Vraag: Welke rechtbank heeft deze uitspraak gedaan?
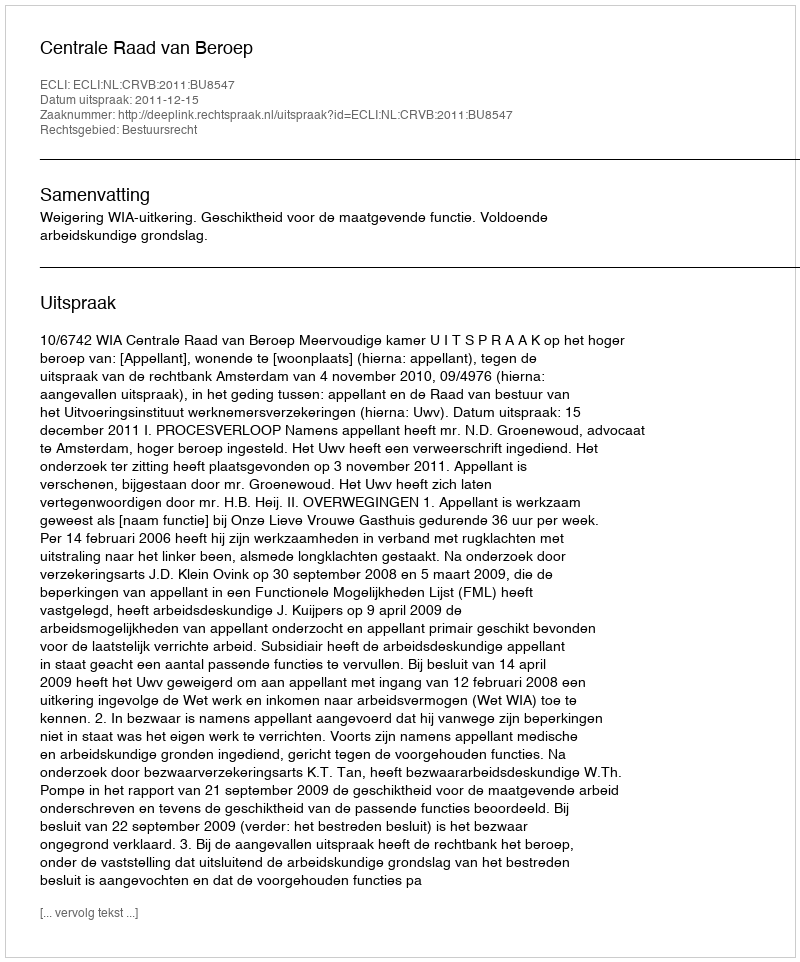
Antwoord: Centrale Raad van Beroep